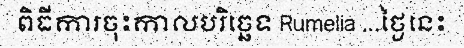
ពិធីការចុះកាលបរិច្ឆេទ Rumelia ...ថ្ងៃនេះ